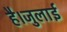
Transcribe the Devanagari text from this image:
है।जुलाई